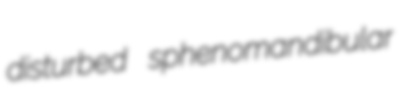
disturbed sphenomandibular